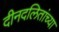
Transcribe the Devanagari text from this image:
दीनदलितांच्या